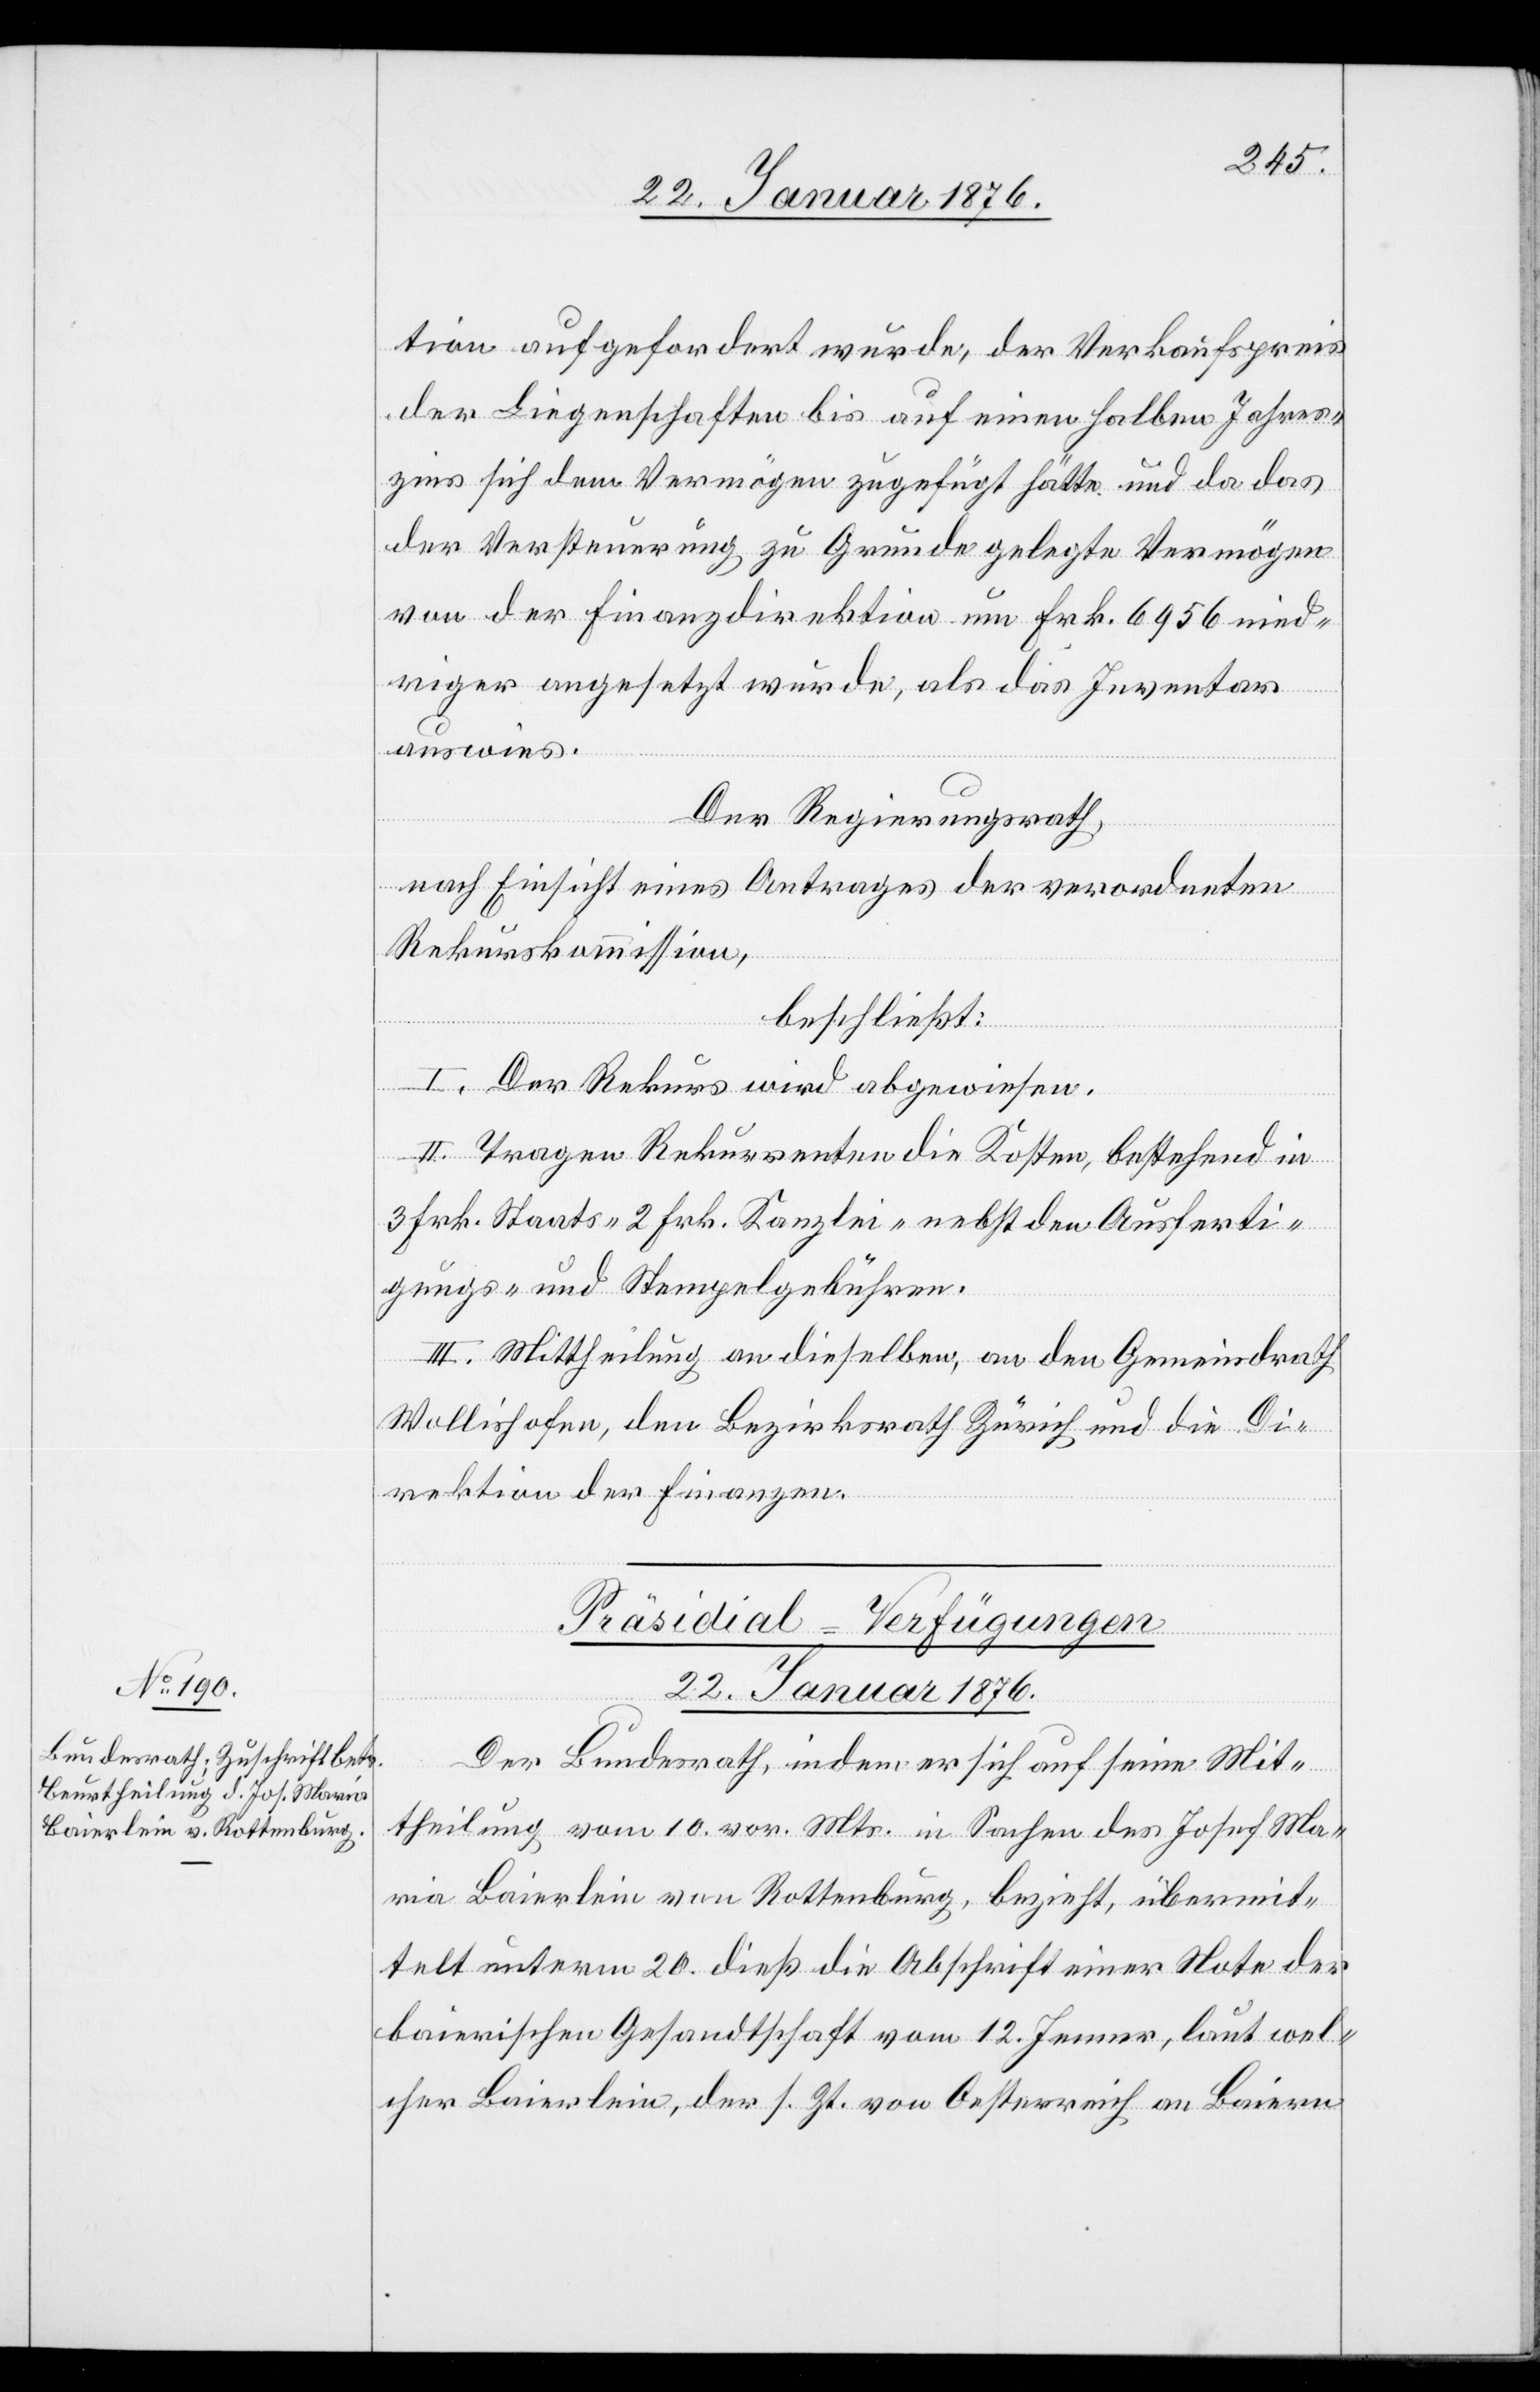
tion aufgefordert wurde, der Verkaufspreis
der Liegenschaften bis auf einen halben Jahres¬
zins sich dem Vermögen zugefügt hätte und da das
der Versteuerung zu Grunde gelegte Vermögen
von der Finanzdirektion um Frk. 6956 nied¬
riger angesetzt wurde, als das Inventar
auswies.
Der Regierungsrath,
nach Einsicht eines Antrages der verordneten
Rekurskommission,
beschließt:
I. Der Rekurs wird abgewiesen.
II. Tragen Rekurrenten die Kosten, bestehend in
3 Frk. Staats- 2 Frk. Kanzlei- nebst den Ausferti¬
gungs- und Stempelgebühren.
III. Mittheilung an dieselben, an den Gemeindrath
Wollishofen, den Bezirksrath Zürich und die Di¬
rektion der Finanzen.
Präsidial-Verfügungen
22. Januar 1876.
Der Bundesrath, indem er sich auf seine Mit¬
theilung vom 10. vor. Mts. in Sachen des Josef Ma¬
ria Baierlein von Rottenburg, bezieht, übermit¬
telt unterm 20. dieß die Abschrift einer Note der
baierischen Gesandtschaft vom 12. Jenner, laut wel¬
cher Baierlein, der s. Zt. von Oesterreich an Baiern